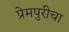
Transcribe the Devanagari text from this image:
प्रेमपुरीचा